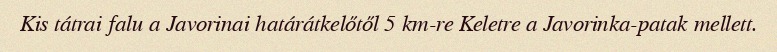
Kis tátrai falu a Javorinai határátkelőtől 5 km-re Keletre a Javorinka-patak mellett.